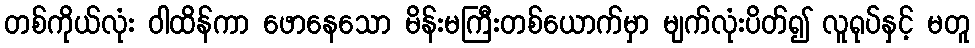
တစ်ကိုယ်လုံး ဝါထိန်ကာ ဖောနေသော မိန်းမကြီးတစ်ယောက်မှာ မျက်လုံးပိတ်၍ လူရုပ်နှင့် မတူ